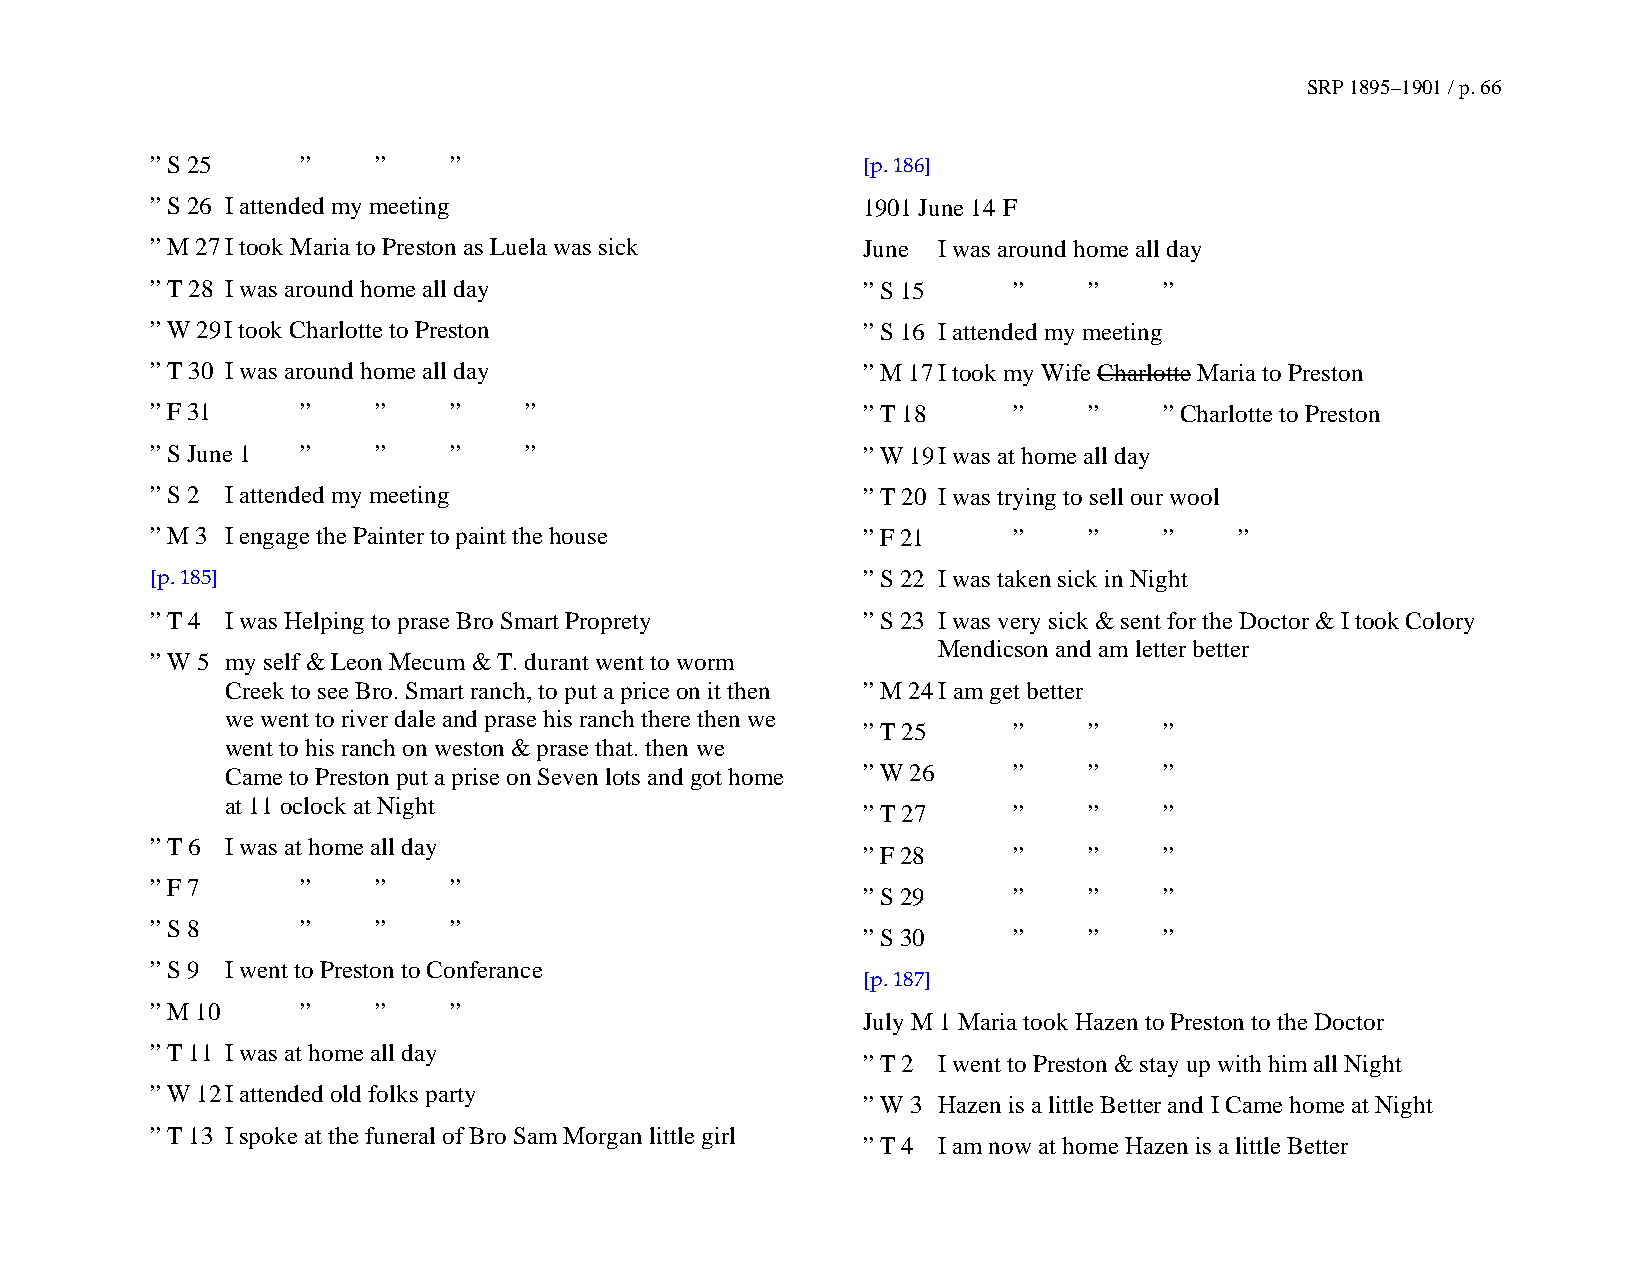
SRP 1895–1901 / p. 66
 ” S 25    ”    ”    ”                          [p. 186]
 ” S 26 I attended my meeting                   1901 June 14 F
 ” M 27 I took Maria to Preston as Luela was sick June I was around home all day
 ” T 28 I was around home all day               ” S 15    ”    ”    ”
 ” W 29 I took Charlotte to Preston             ” S 16 I attended my meeting
 ” T 30 I was around home all day               ” M 17 I took my Wife Charlotte Maria to Preston
 ” F 31    ”    ”    ”    ”                     ” T 18    ”    ”    ” Charlotte to Preston
 ” S June 1 ”   ”    ”    ”                     ” W 19 I was at home all day
 ” S 2 I attended my meeting                    ” T 20 I was trying to sell our wool
 ” M 3 I engage the Painter to paint the house  ” F 21    ”    ”    ”    ”
 [p. 185]                                       ” S 22 I was taken sick in Night
 ” T 4 I was Helping to prase Bro Smart Proprety ” S 23 I was very sick & sent for the Doctor & I took Colory
 Mendicson and am letter better
 ” W 5 my self & Leon Mecum & T. durant went to worm
 Creek to see Bro. Smart ranch, to put a price on it then ” M 24 I am get better
 we went to river dale and prase his ranch there then we
 ” T 25    ”    ”    ”
 went to his ranch on weston & prase that. then we
 Came to Preston put a prise on Seven lots and got home ” W 26 ” ” ”
 at 11 oclock at Night
 ” T 27    ”    ”    ”
 ” T 6 I was at home all day
 ” F 28    ”    ”    ”
 ” F 7     ”    ”    ”
 ” S 29    ”    ”    ”
 ” S 8     ”    ”    ”
 ” S 30    ”    ”    ”
 ” S 9 I went to Preston to Conferance
 [p. 187]
 ” M 10    ”    ”    ”
 July M 1 Maria took Hazen to Preston to the Doctor
 ” T 11 I was at home all day
 ” T 2 I went to Preston & stay up with him all Night
 ” W 12 I attended old folks party
 ” W 3 Hazen is a little Better and I Came home at Night
 ” T 13 I spoke at the funeral of Bro Sam Morgan little girl
 ” T 4 I am now at home Hazen is a little Better